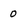
Character: 0